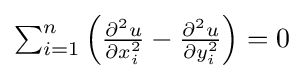
{\textstyle \sum _{i=1}^{n}{\Big (}{\frac {\partial ^{2}u}{\partial x_{i}^{2}}}-{\frac {\partial ^{2}u}{\partial y_{i}^{2}}}{\Big )}=0}